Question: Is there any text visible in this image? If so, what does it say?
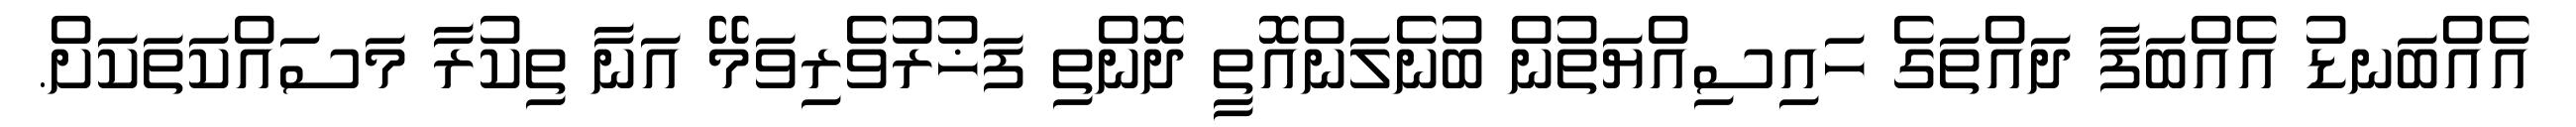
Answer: އެއްބަނޑު އެއްބަފާ ދައްތަގެ ހައިސިއްޔަތުން ބުނެލަންއޮތީ ދޮންތި ފަޚުރުވެރިވަމޭ އަނާ ތިކުރާ މަސައްކަތަކަށް.